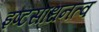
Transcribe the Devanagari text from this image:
इष्टसाधनत्व